65_HS1-834228961_62-HQ-83894_Section_10
Agency: FBI
Page 41
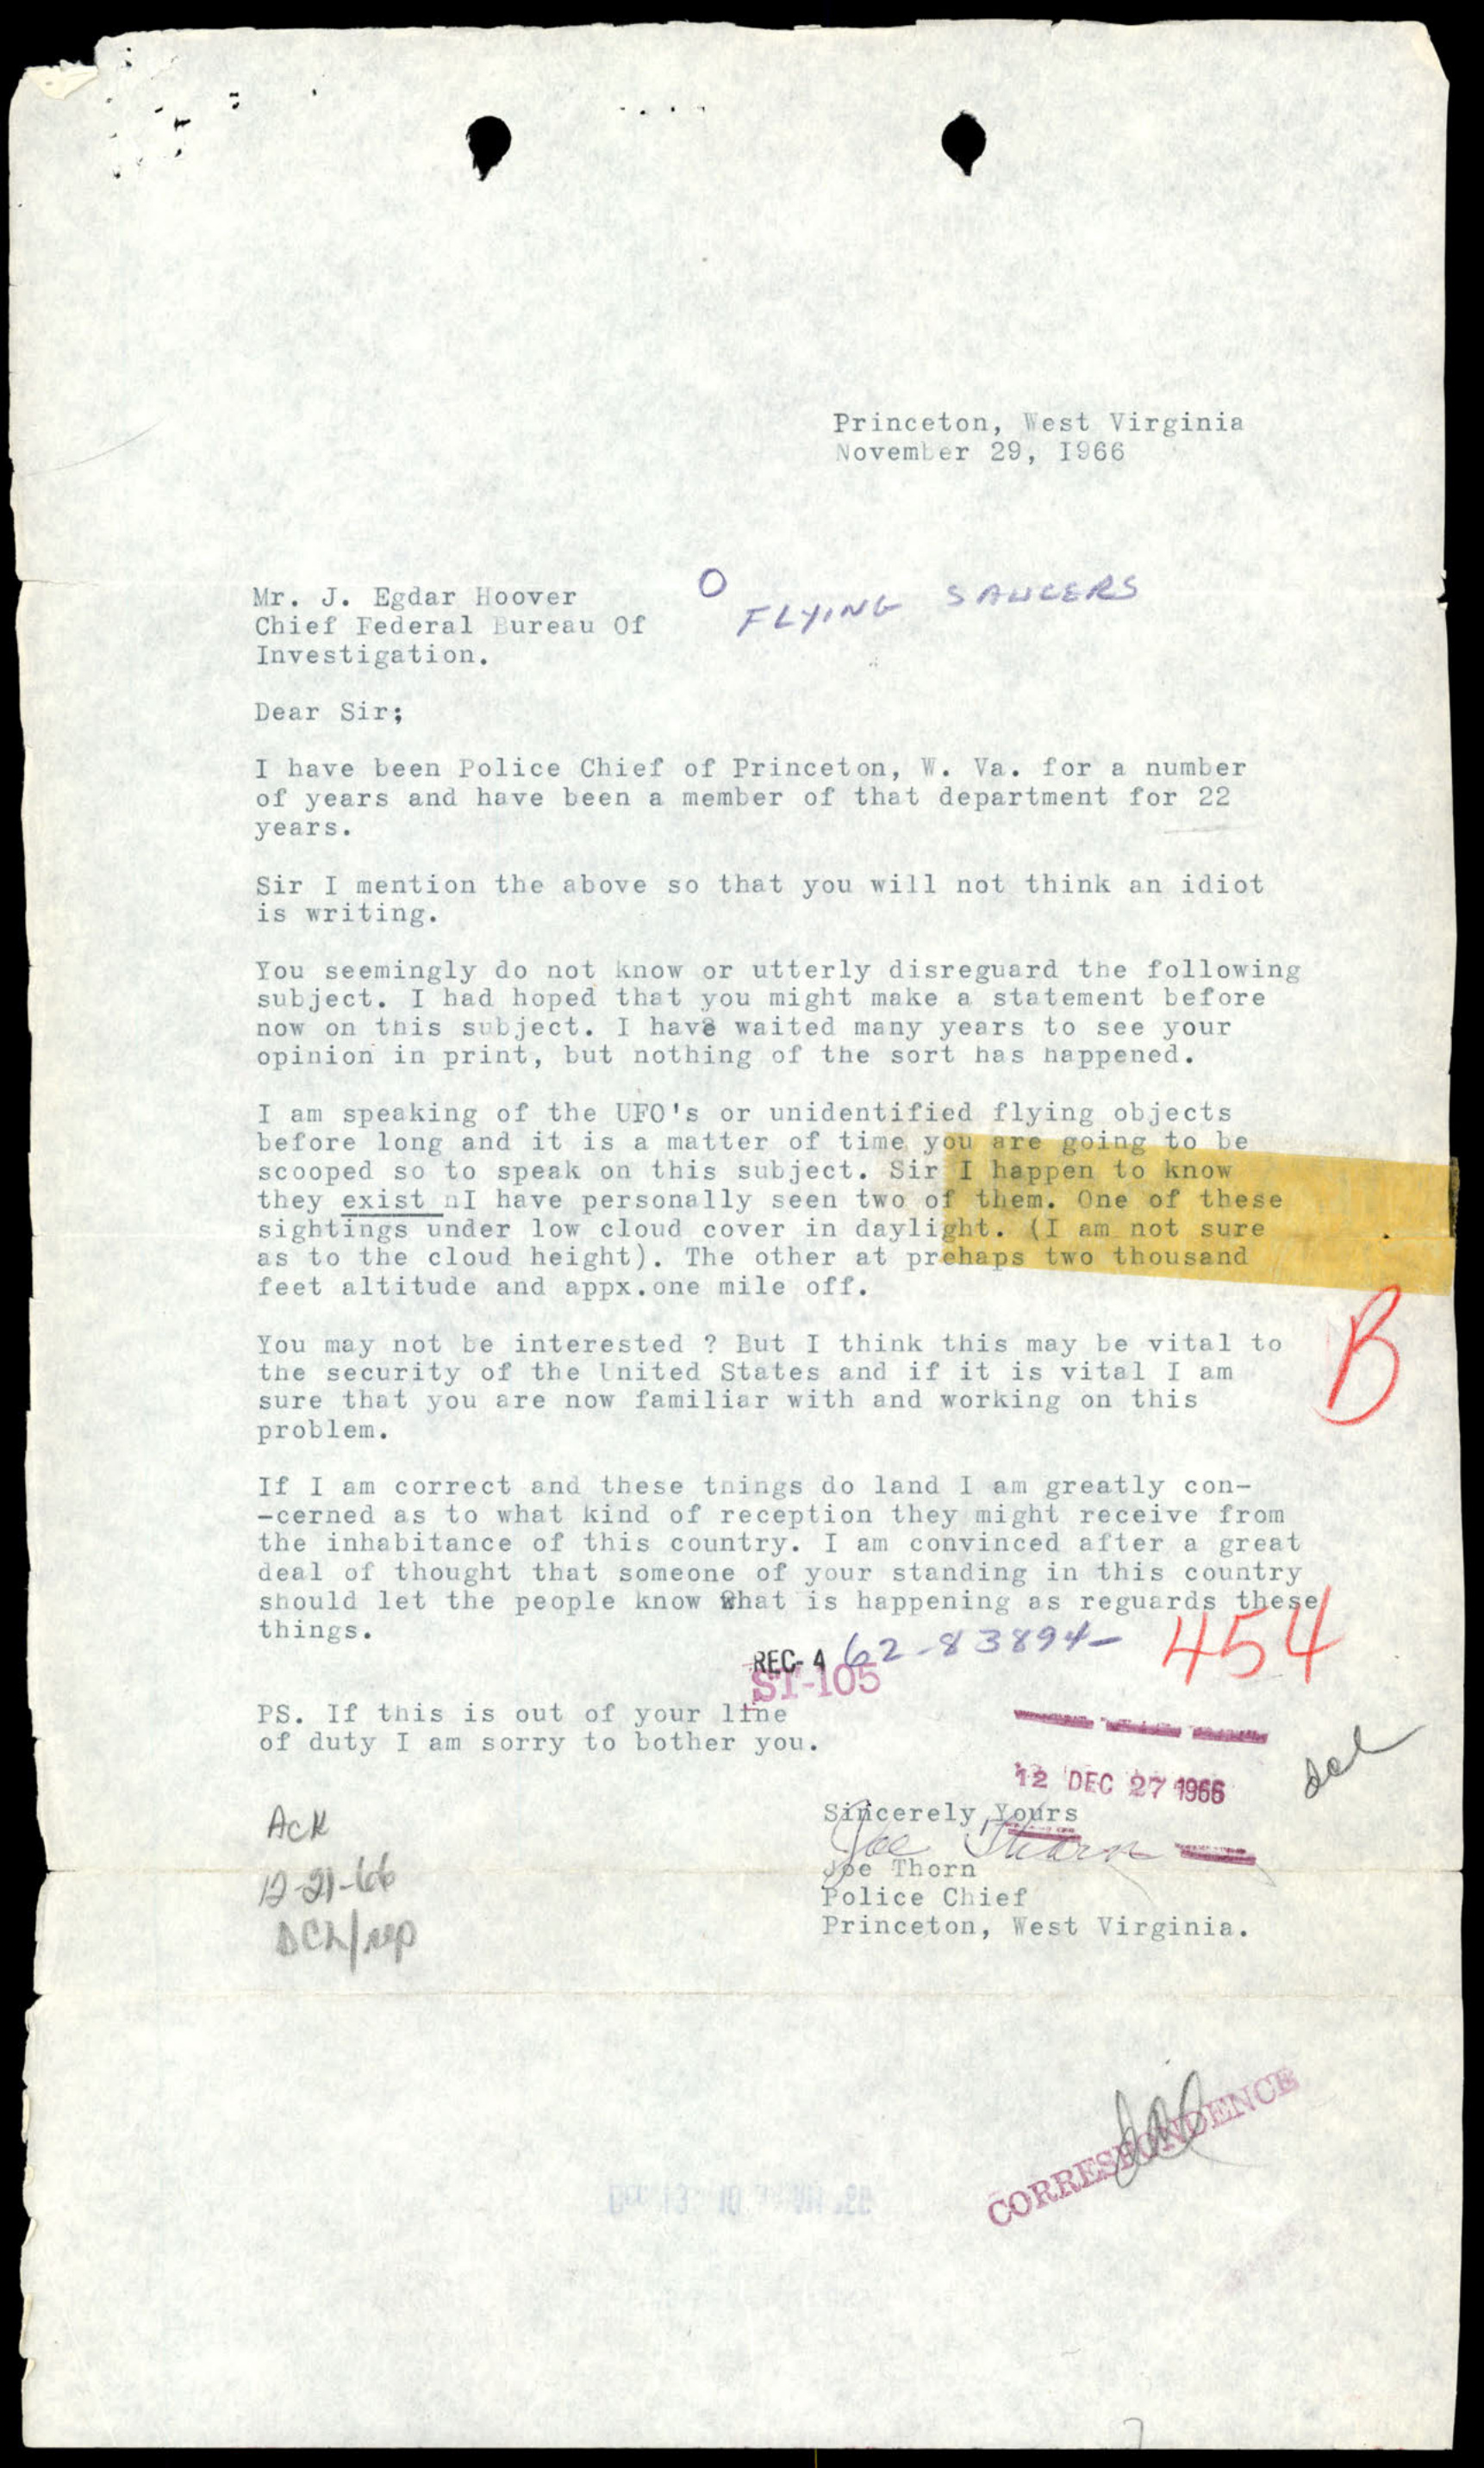